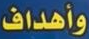
وأهداف